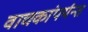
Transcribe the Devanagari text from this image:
वाचकांपर्यन्त